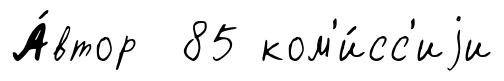
А́втор 85 ком'и́сс'иjи